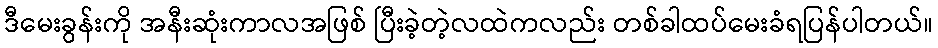
ဒီမေးခွန်းကို အနီးဆုံးကာလအဖြစ် ပြီးခဲ့တဲ့လထဲကလည်း တစ်ခါထပ်မေးခံရပြန်ပါတယ်။